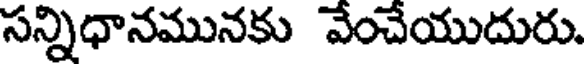
సన్నిధానమునకు వేంచేయుదురు.